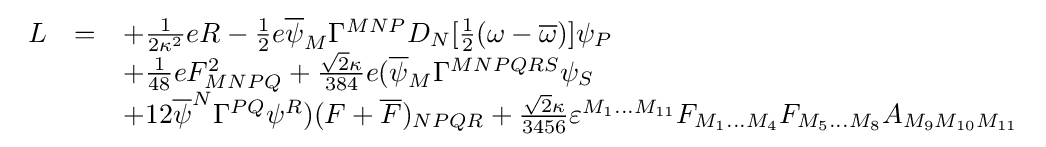
{\begin{array}{rcl}L&=&+{\frac {1}{2\kappa ^{2}}}eR-{\frac {1}{2}}e{\overline {\psi }}_{M}\Gamma ^{MNP}D_{N}[{\frac {1}{2}}(\omega -{\overline {\omega }})]\psi _{P}\\&&+{\frac {1}{48}}eF_{MNPQ}^{2}+{\frac {{\sqrt {2}}\kappa }{384}}e({\overline {\psi }}_{M}\Gamma ^{MNPQRS}\psi _{S}\\&&+12{\overline {\psi }}^{N}\Gamma ^{PQ}\psi ^{R})(F+{\overline {F}})_{NPQR}+{\frac {{\sqrt {2}}\kappa }{3456}}\varepsilon ^{M_{1}\dots M_{11}}F_{M_{1}\dots M_{4}}F_{M_{5}\dots M_{8}}A_{M_{9}M_{10}M_{11}}\end{array}}